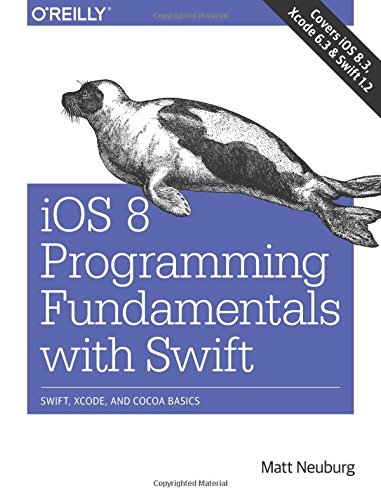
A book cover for iOS 8 Programming Fundamentals with Swift: Swift, Xcode, and Cocoa Basics; Matt Neuburg; Computers & Technology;